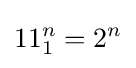
11_{1}^{n}=2^{n}